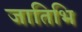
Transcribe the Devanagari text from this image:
जातिभि